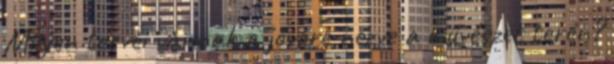
Milyen tervei vannak a jövőre nézve a művészet terén?